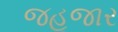
જહૂજાર